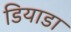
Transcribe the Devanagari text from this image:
डियाडा